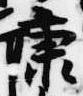
康